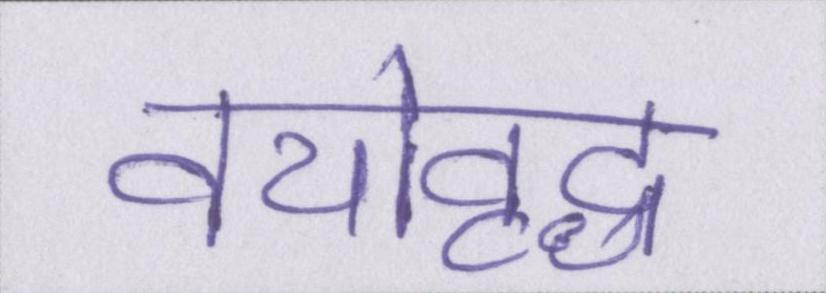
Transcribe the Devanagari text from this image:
वयोवृद्ध